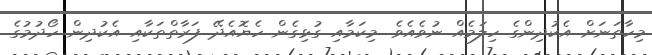
މިހާތަނަށް އެކުދިންގެ ހިލަމެއް ނުވެއެވެ. މިކަމާއި ގުޅިގެން ހެޔޮއެދޭ ފަރާތްތަކާއި އެކުދިން ހޯދުމުގެ